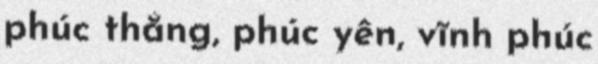
phúc thắng, phúc yên, vĩnh phúc